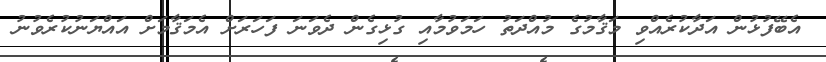
އެބޭފުޅުން އަދާކުރެއްވި މަޤާމުގެ މުއްދަތު ހަމަވުމާއި ގުޅިގެން ދެވަނަ ފަހަރަށް އެމަޤާމަށް އައްޔަނުކުރެވުނު